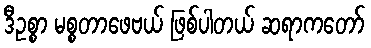
ဒီဥစ္စာ မစ္စတာဖေဗယ် ဖြစ်ပါတယ် ဆရာကတော်